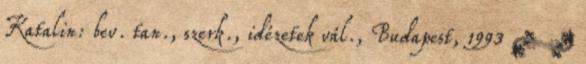
Katalin: bev. tan., szerk., idézetek vál., Budapest, 1993 ↑